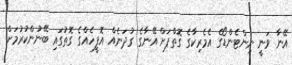
އޭނާ ވަނީ ނިންޓެންޑޯގެ އެމެރިކާގެ ގޮތްޕަށް އޭނާގެ ގުދަނެއް އޮފީހެއްގެ ގޮތުގައި ބޭނުންކުރުމަށް